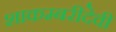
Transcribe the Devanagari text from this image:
शाकम्बरीदेवी